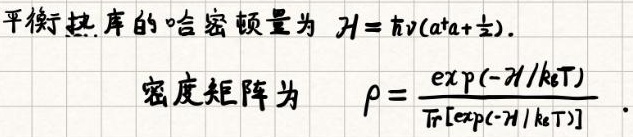
平衡热库的哈密顿量为 $\mathcal{H}=\hbar\nu(a^{\dagger}a+\frac{1}{2})$.

密度矩阵为 $\rho = \frac{\exp(-\mathcal{H}/k_{\mathrm{B}}T)}{\mathrm{Tr}[\exp(-\mathcal{H}/k_{\mathrm{B}}T)]}$.